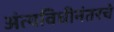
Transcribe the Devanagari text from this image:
अंत्यविधीनंतरचे